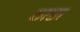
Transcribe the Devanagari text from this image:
ठाडा